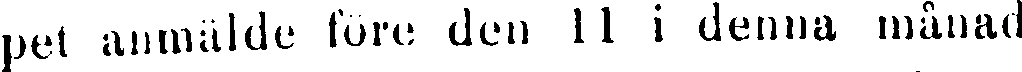
pet anmälde före den 11 i denna månad